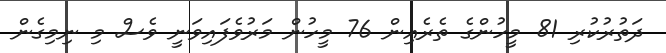
ދަތުރުކުރި 81 މީހުންގެ ތެރެއިން 76 މީހުން މަރުވެފައިވަނީ ވެސް މި ނިމިގެން